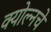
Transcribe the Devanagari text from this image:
क्योल्नचे